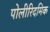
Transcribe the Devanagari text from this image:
पोलीरिदमिक